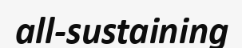
all-sustaining